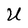
Character: U